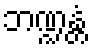
ဘဏ္ဍန္တံ